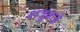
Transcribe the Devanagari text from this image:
शत्रूकडे